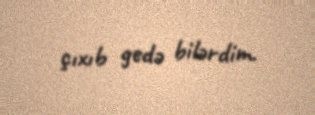
çıxıb gedə bilərdim.